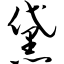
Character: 黛